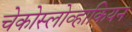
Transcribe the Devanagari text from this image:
चेकोस्लोव्हाकियन